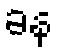
ခန